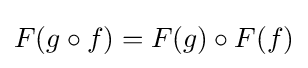
F(g\circ f)=F(g)\circ F(f)